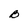
Character: B